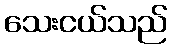
သေးငယ်သည်